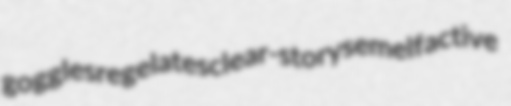
goggles regelates clear-story semelfactive